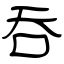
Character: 吞